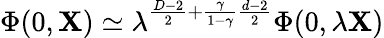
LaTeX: \Phi(0,{\mathbf X})\simeq\lambda^{\frac{D-2}{2}+\frac{\gamma}{1-\gamma}\frac{d-2}{2}}\Phi(0,\lambda{\mathbf X})